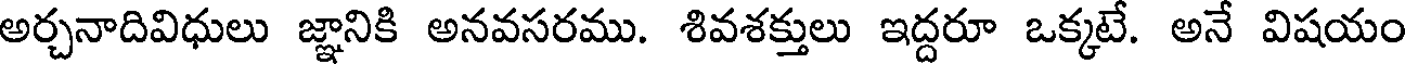
అర్చనాదివిధులు జ్ఞానికి అనవసరము. శివశక్తులు ఇద్దరూ ఒక్కటే. అనే విషయం